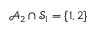
\mathcal { A } _ { 2 } \cap \mathcal { S } _ { 1 } = \{ 1 , 2 \}